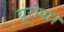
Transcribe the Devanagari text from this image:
यूरोपा।